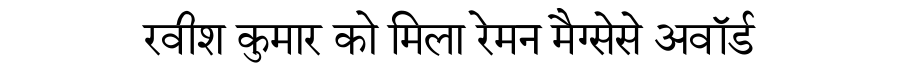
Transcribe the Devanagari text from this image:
रवीश कुमार को मिला रेमन मैग्सेसे अवॉर्ड